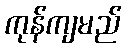
ကုန်ကျမည်